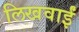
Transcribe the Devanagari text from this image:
लिखवाईं